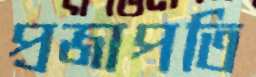
প্রজাপতি